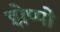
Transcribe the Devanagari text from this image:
झेप्पो